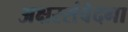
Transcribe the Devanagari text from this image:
अक्षरसंवेदना